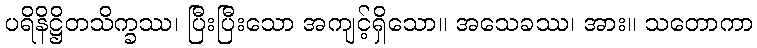
ပရိနိဋ္ဌိတသိက္ခဿ၊ ပြီးပြီးသော အကျင့်ရှိသော။ အသေခဿ၊ အား။ သတောကာ